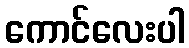
ကောင်လေးပါ